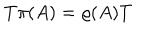
LaTeX: T \pi ( A ) = \varrho ( A ) T